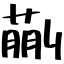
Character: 蒯